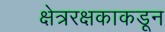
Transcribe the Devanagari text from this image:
क्षेत्ररक्षकाकडून